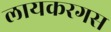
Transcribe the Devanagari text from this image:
लायकरगस